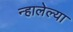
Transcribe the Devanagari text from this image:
न्हालेल्या